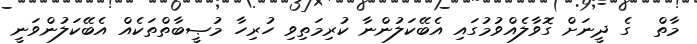
މާތް  ގެ ދީނަށް ގޮވާލެއްވުމުގައި އެބޭކަލުންނާ ކުރިމަތިވި ހުރިހާ މުޞީބާތްތަކެއް އެބޭކަލުންވަނީ